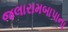
જલારામબાપાના